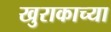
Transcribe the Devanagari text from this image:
खुराकाच्या